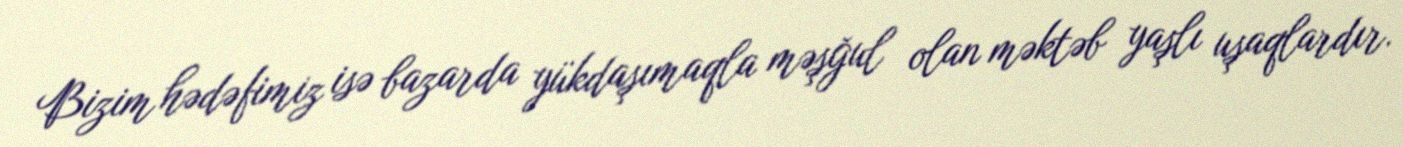
Bizim hədəfimiz isə bazarda yükdaşımaqla məşğul olan məktəb yaşlı uşaqlardır.